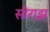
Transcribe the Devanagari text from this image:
सोराझ़